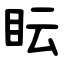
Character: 眃